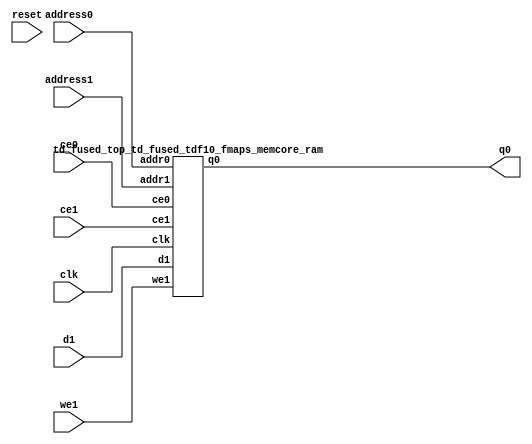
`define EXPONENT 5
`define MANTISSA 10
`define ACTUAL_MANTISSA 11
`define EXPONENT_LSB 10
`define EXPONENT_MSB 14
`define MANTISSA_LSB 0
`define MANTISSA_MSB 9
`define MANTISSA_MUL_SPLIT_LSB 3
`define MANTISSA_MUL_SPLIT_MSB 9
`define SIGN 1
`define SIGN_LOC 15
`define DWIDTH (`SIGN+`EXPONENT+`MANTISSA)
`define IEEE_COMPLIANCE 1

module td_fused_top_td_fused_tdf10_fmaps_memcore(
    reset,
    clk,
    address0,
    ce0,
    q0,
    address1,
    ce1,
    we1,
    d1);

parameter DataWidth = 32'd64;
parameter AddressRange = 32'd3136;
parameter AddressWidth = 32'd12;
input reset;
input clk;
input[AddressWidth - 1:0] address0;
input ce0;
output[DataWidth - 1:0] q0;
input[AddressWidth - 1:0] address1;
input ce1;
input we1;
input[DataWidth - 1:0] d1;



td_fused_top_td_fused_tdf10_fmaps_memcore_ram td_fused_top_td_fused_tdf10_fmaps_memcore_ram_U(
    .clk( clk ),
    .addr0( address0 ),
    .ce0( ce0 ),
    .q0( q0 ),
    .addr1( address1 ),
    .ce1( ce1 ),
    .we1( we1 ),
    .d1( d1 )
);

endmodule
module td_fused_top_td_fused_tdf10_fmaps_memcore_ram (addr0, ce0, q0, addr1, ce1, d1, we1,  clk);

parameter DWIDTH = 64;
parameter AWIDTH = 12;
parameter MEM_SIZE = 3136;

input[AWIDTH-1:0] addr0;
input ce0;
output wire[DWIDTH-1:0] q0;
input[AWIDTH-1:0] addr1;
input ce1;
input[DWIDTH-1:0] d1;
input we1;
input clk;

 reg [DWIDTH-1:0] ram[MEM_SIZE-1:0];
wire [AWIDTH-1:0] addr0_t0; 
reg [AWIDTH-1:0] addr0_t1; 
reg [DWIDTH-1:0] q0_t0;
  reg [DWIDTH-1:0] q0_t1;
wire [AWIDTH-1:0] addr1_t0; 
reg [AWIDTH-1:0] addr1_t1; 
wire [DWIDTH-1:0] d1_t0; 
wire we1_t0; 
reg [DWIDTH-1:0] d1_t1; 
reg we1_t1; 


assign addr0_t0 = addr0;
assign q0 = q0_t1;
assign addr1_t0 = addr1;
assign d1_t0 = d1;
assign we1_t0 = we1;

always @(posedge clk)  
begin
    if (ce0) 
    begin
        addr0_t1 <= addr0_t0; 
        q0_t1 <= q0_t0;
    end
    if (ce1) 
    begin
        addr1_t1 <= addr1_t0; 
        d1_t1 <= d1_t0;
        we1_t1 <= we1_t0;
    end
end


always @(posedge clk)  
begin 
    if (ce0) begin
        q0_t0 <= ram[addr0_t1];
    end
end


always @(posedge clk)  
begin 
    if (ce1) begin
        if (we1_t1) 
            ram[addr1_t1] <= d1_t1; 
    end
end


endmodule